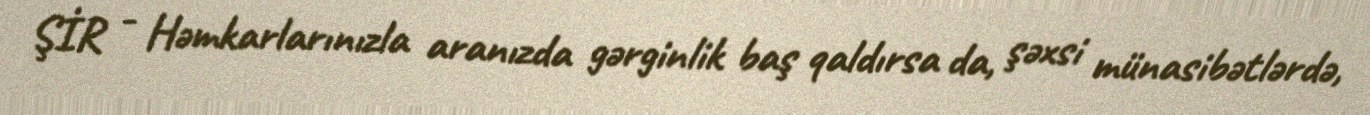
ŞİR - Həmkarlarınızla aranızda gərginlik baş qaldırsa da, şəxsi münasibətlərdə,